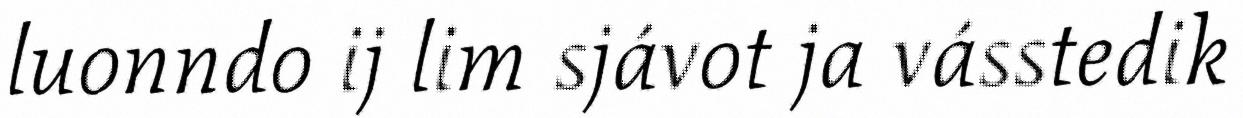
luonndo ij lim sjávot ja vásstedik